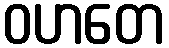
ဝဟတေ